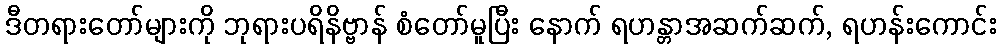
ဒီတရားတော်များကို ဘုရားပရိနိဗ္ဗာန် စံတော်မူပြီး နောက် ရဟန္တာအဆက်ဆက်, ရဟန်းကောင်း